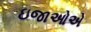
ઇજાઓએ